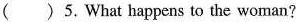
( )5.What happens to the woman?